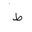
Letter: _da